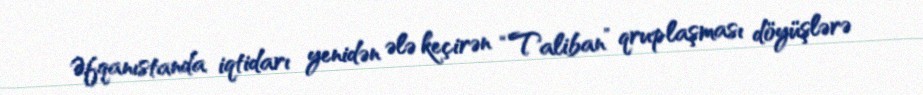
Əfqanıstanda iqtidarı yenidən ələ keçirən “Taliban” qruplaşması döyüşlərə